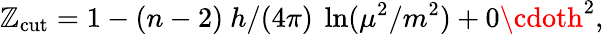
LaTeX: \mathbb{Z}_{\mathrm{{cut}}}=1-(n-2)~h/(4\pi)~\ln(\mu^{2}/m^{2})+0\cdoth^{2},